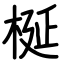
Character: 梴